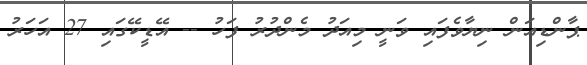
ޕާންޑިއަން ނިޔާވެފައި ވަނީ މިއަދު މެންދުރު ފަހު -- އޭޑީކޭގައި 27 އަހަރު